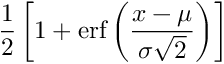
{ \frac { 1 } { 2 } } \left[ 1 + \operatorname { e r f } \left( { \frac { x - \mu } { \sigma { \sqrt { 2 } } } } \right) \right]